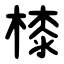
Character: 㯃